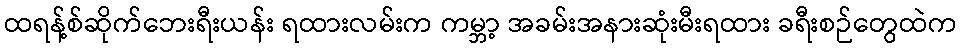
ထရန့်စ်ဆိုက်ဘေးရီးယန်း ရထားလမ်းက ကမ္ဘာ့ အခမ်းအနားဆုံးမီးရထား ခရီးစဉ်တွေထဲက